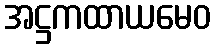
အဋ္ဌကထာယမေဝ